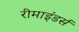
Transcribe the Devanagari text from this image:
रीमाइंडर्स